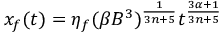
x _ { f } ( t ) = \eta _ { f } ( \beta B ^ { 3 } ) ^ { \frac { 1 } { 3 n + 5 } } t ^ { \frac { 3 \alpha + 1 } { 3 n + 5 } }